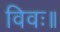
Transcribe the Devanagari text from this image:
विवः॥